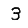
Digit: 3